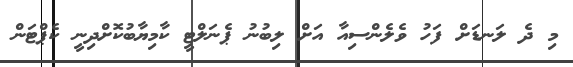
މި ދެ ލަނޑަށް ފަހު ވެލެންސިއާ އަށް ލިބުނު ޕެނަލްޓީ ކާމިޔާބުކޮށްދިނީ ކެޕްޓަން